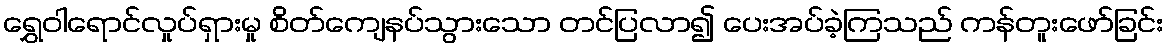
ရွှေဝါရောင်လှုပ်ရှားမှု စိတ်ကျေနပ်သွားသော တင်ပြလာ၍ ပေးအပ်ခဲ့ကြသည် ကန်တူးဖော်ခြင်း